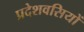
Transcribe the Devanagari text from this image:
प्रदेशवसियों